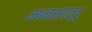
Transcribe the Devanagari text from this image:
मनसालू